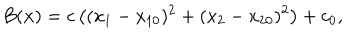
B ( { \bf x } ) = c \left( ( x _ { 1 } - x _ { 1 0 } ) ^ { 2 } + ( x _ { 2 } - x _ { 2 0 } ) ^ { 2 } \right) + c _ { 0 } ,